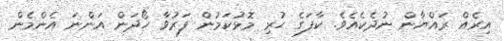
އިރެއް ރައްޔާން ނުދެކެއެވެ. ކާފަގެ ހުރި މޮޅުކަމުން ފަރުވާ ހޯދަން އަންނަ އެންމެން